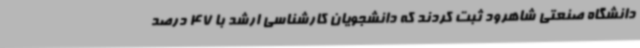
دانشگاه صنعتی شاهرود ثبت کردند که دانشجویان کارشناسی ارشد با 47 درصد